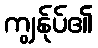
ကျွန်ုပ်၏